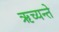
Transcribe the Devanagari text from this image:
ऋच्यन्ते